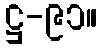
ဋ္ဌ-၉၁။